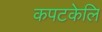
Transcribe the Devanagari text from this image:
कपटकेलि